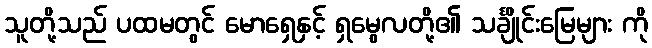
သူတို့သည် ပထမတွင် မောရှေနှင့် ရှမွေလတို့၏ သင်္ချိုင်းမြေများ ကို